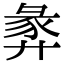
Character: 𢍝